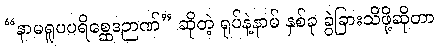
“နာမရူပပရိစ္ဆေဒဉာဏ်” ဆိုတဲ့ ရုပ်နဲ့နာမ် နှစ်ခု ခွဲခြားသိဖို့ဆိုတာ